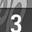
Digit: 3